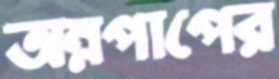
অন্নপাপের